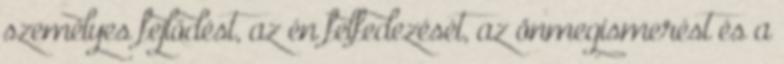
személyes fejlődést, az én felfedezését, az önmegismerést és a